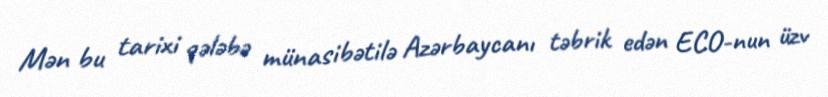
Mən bu tarixi qələbə münasibətilə Azərbaycanı təbrik edən ECO-nun üzv